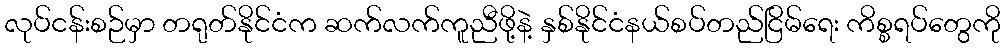
လုပ်ငန်းစဉ်မှာ တရုတ်နိုင်ငံက ဆက်လက်ကူညီဖို့နဲ့ နှစ်နိုင်ငံနယ်စပ်တည်ငြိမ်ရေး ကိစ္စရပ်တွေကို